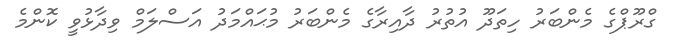
ގްރޫޕްގެ މެންބަރު ހިތަދޫ އުތުރު ދާއިރާގެ މެންބަރު މުޙައްމަދު އަސްލަމް ވިދާޅުވީ ކޮންމެ